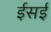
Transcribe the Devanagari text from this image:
ईसई